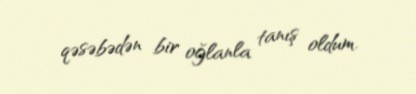
qəsəbədən bir oğlanla tanış oldum.